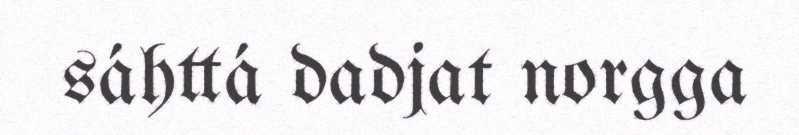
sáhttá dadjat norgga